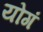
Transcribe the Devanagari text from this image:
योगं